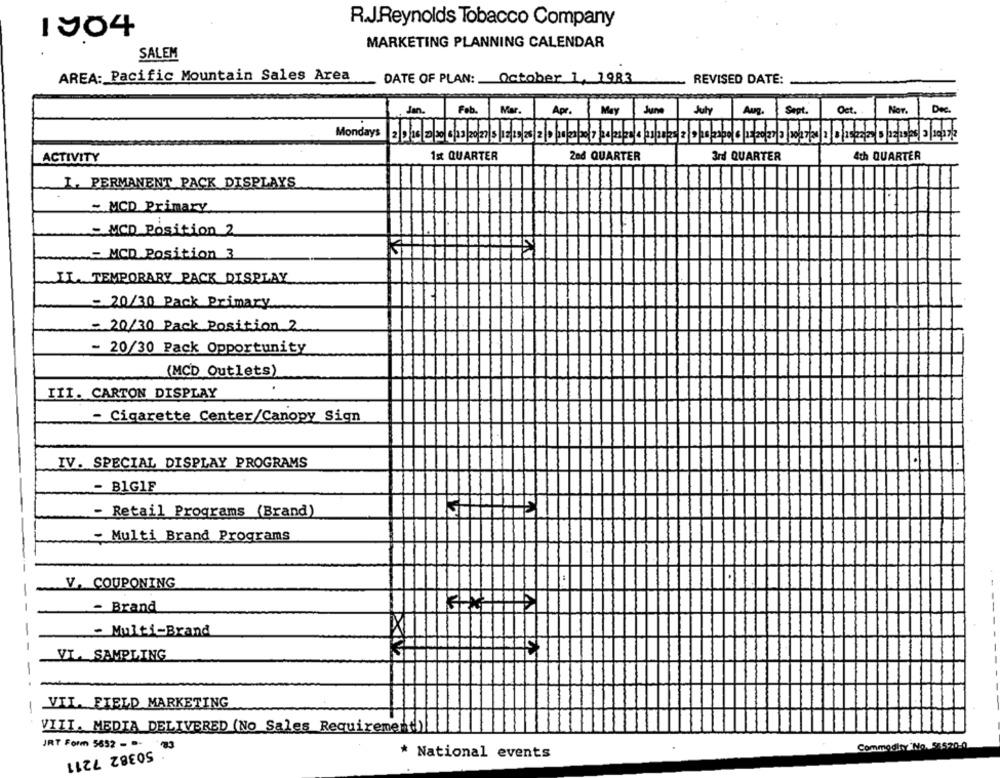
R.J.Reynolds Tobacco Company
1904
MARKETING PLANNING CALENDAR
SALEM
AREA: Pacific Mountain Sales Area
DATE OF PLAN: October 1, 1983
REVISED DATE:
Sept.
Oct.
Jan.
Feb.
Mar.
May June
July
Aug.
NOT.
Dec.
Mondays
2nd QUARTER
4th QUARTER
ACTIVITY
Ist QUARTER
3rd QUARTER
I. PERMANENT PACK DISPLAYS
~ MCD Primary
-MCD Position 2
- MCD Position 3
II. TEMPORARY PACK DISPLAY
- 20/30 Pack Primary
= 20/30 Pack Position 2
- 20/30 Pack Opportunity
(MCD Outlets)
III. CARTON DISPLAY
- Cigarette Center/Canopy Sign
IV. SPECIAL DISPLAY PROGRAMS
- BIGIF
- Retail Programs (Brand)
Multi Brand Programs
V. COUPONING
- Brand
- Multi-Brand
VI. SAMPLING
-
VIL. FIELD MARKETING
VIII. MEDIA DELIVERED (No Sales Requirement))
JRT Form 5852 ---
Commodity No. 535,20 0
50382 7211
* National events